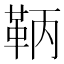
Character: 鞆